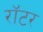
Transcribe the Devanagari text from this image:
रॉटर